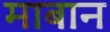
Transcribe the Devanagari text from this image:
माबान